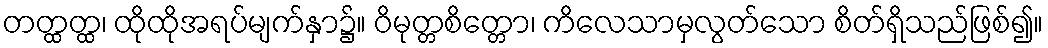
တတ္ထတ္ထ၊ ထိုထိုအရပ်မျက်နှာ၌။ ဝိမုတ္တစိတ္တော၊ ကိလေသာမှလွတ်သော စိတ်ရှိသည်ဖြစ်၍။